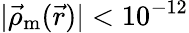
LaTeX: |\vec{\rho}_{\textrm{m}}(\vec{r})|<10^{-12}